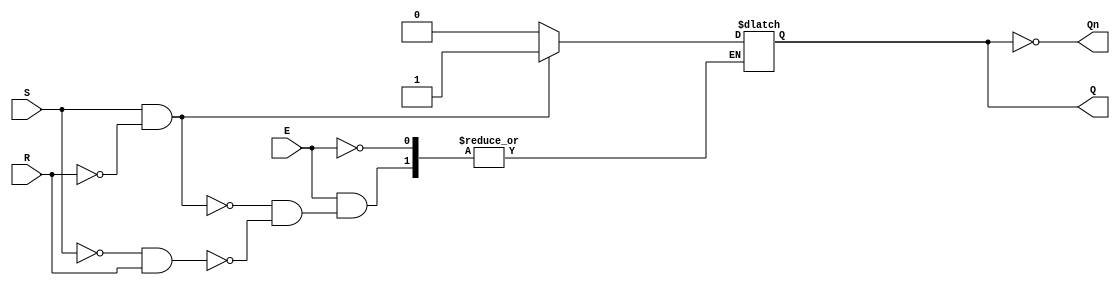
module gated_sr_latch (
    input wire S,    // Set input
    input wire R,    // Reset input
    input wire E,    // Enable signal
    output reg Q,    // Output Q
    output wire Qn   // Complement of output Q
);

    // Complement of Q
    assign Qn = ~Q;

    always @(E or S or R) begin
        if (E) begin
            if (S && !R) begin
                Q <= 1'b1; // Set Q to 1
            end else if (!S && R) begin
                Q <= 1'b0; // Reset Q to 0
            end // If both S and R are low, Q retains its value, and if both are high, it's indeterminate
        end
        // If E is low, do nothing (hold state)
    end

endmodule